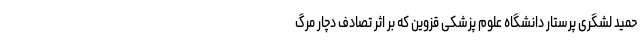
حمید لشگری پرستار دانشگاه علوم پزشکی قزوین که بر اثر تصادف دچار مرگ